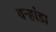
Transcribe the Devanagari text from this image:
वर्‍हांडा